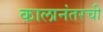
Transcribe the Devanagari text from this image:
कालानंतरची